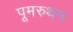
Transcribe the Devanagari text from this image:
पूमरुथन